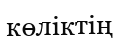
көліктің